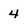
Character: 4